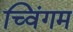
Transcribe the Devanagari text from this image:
च्विंगम